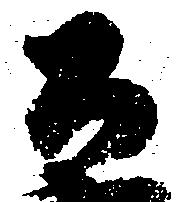
公